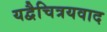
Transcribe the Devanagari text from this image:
यद्वैचित्रयवाद